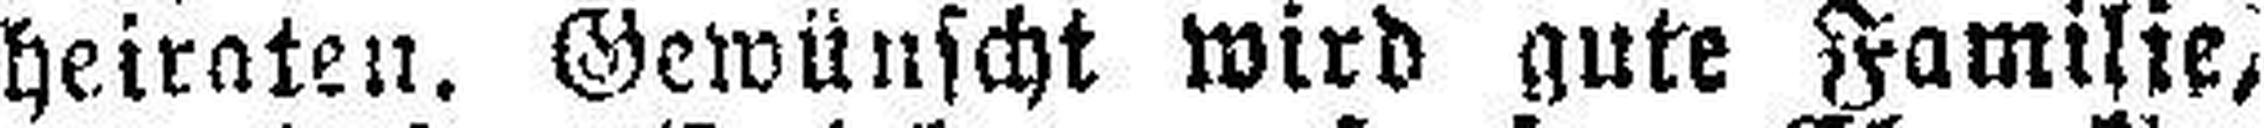
heiraten. Gewünscht wird gute Familie,